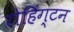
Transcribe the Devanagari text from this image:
रोहिंग्टन